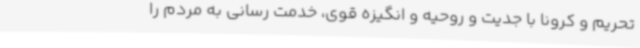
تحریم و کرونا با جدیت و روحیه و انگیزه قوی،‌ خدمت رسانی به مردم را